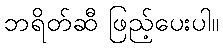
ဘရိတ်ဆီ ဖြည့်ပေးပါ။